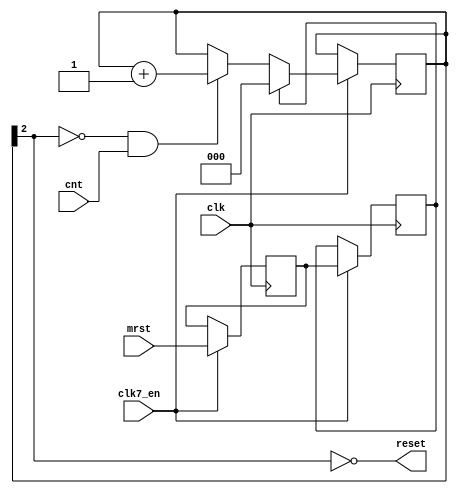
module minimig_syscontrol
(
	input	clk,			//bus clock
  input clk7_en,
	input	cnt,			//pulses for counting
	input	mrst,			//master/user reset input
	output	reset			//global synchronous system reset
);

//local signals
reg		smrst0, smrst1;					//registered input
reg		[2:0] rst_cnt = 0;		//reset timer SHOULD BE CLEARED BY CONFIG
wire	_rst;					//local reset signal

//asynchronous mrst input synchronizer
always @(posedge clk) begin
  if (clk7_en) begin
    smrst0 <= mrst;
  	smrst1 <= smrst0;
  end
end

//reset timer and mrst control
always @(posedge clk) begin
  if (clk7_en) begin
  	if (smrst1)
  		rst_cnt <= 3'd0;
  	else if (!_rst && cnt)
  		rst_cnt <= rst_cnt + 3'd1;
  end
end

assign _rst = rst_cnt[2];

//global reset output
assign reset = ~_rst;


endmodule